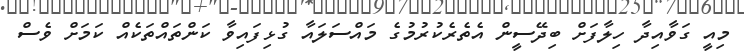
މިއީ ގަވާއިދާ ހިލާފަށް ބިދޭސީން އެތެރެކުރުމުގެ މައްސަލައާ ގުޅިފައިވާ ކަންތައްތަކެއް ކަމަށް ވެސް